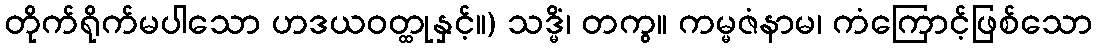
တိုက်ရိုက်မပါသော ဟဒယဝတ္ထုနှင့်။) သဒ္မိံ၊ တကွ။ ကမ္မဇံနာမ၊ ကံကြောင့်ဖြစ်သော